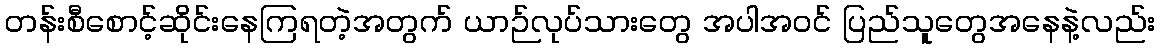
တန်းစီစောင့်ဆိုင်းနေကြရတဲ့အတွက် ယာဉ်လုပ်သားတွေ အပါအဝင် ပြည်သူတွေအနေနဲ့လည်း